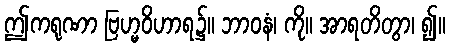
ဤကရုဏာ ဗြဟ္မဝိဟာရ၌။ ဘာဝနံ၊ ကို။ အာရတိတွာ၊ ၍။